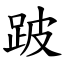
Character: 跛